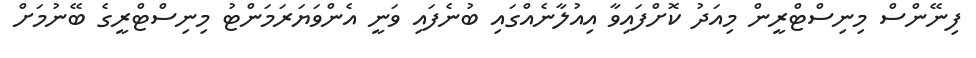
ފިނޭންސް މިނިސްޓްރީން މިއަދު ކޮށްފައިވާ އިއުލާނެއްގައި ބުނެފައި ވަނީ އެންވަޔަރަމަންޓު މިނިސްޓްރީގެ ބޭނުމަށް